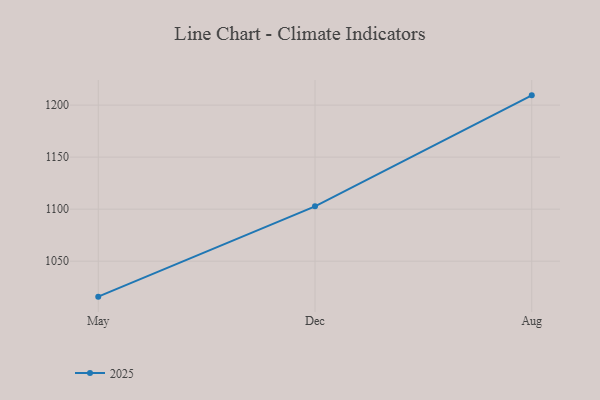
{"axis": {"x": "Month", "y": "Conversion Rate (%)"}, "legend": ["2025"], "data": [{"x": "May", "y": 1015.9, "type": "2025"}, {"x": "Dec", "y": 1102.7, "type": "2025"}, {"x": "Aug", "y": 1209.4, "type": "2025"}]}